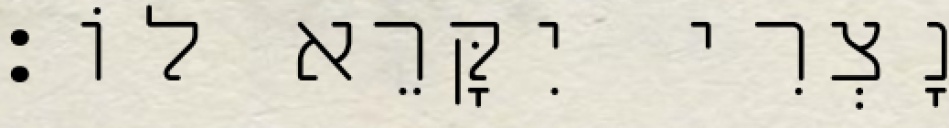
נָצְרִי יִקָּרֵא לוֹ׃